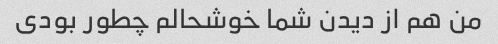
من هم از دیدن شما خوشحالم چطور بودی